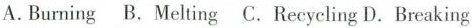
A.Burning B.Melting C. Recycling D.Breaking